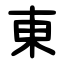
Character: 東